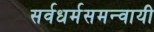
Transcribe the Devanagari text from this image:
सर्वधर्मसमन्‍वायी